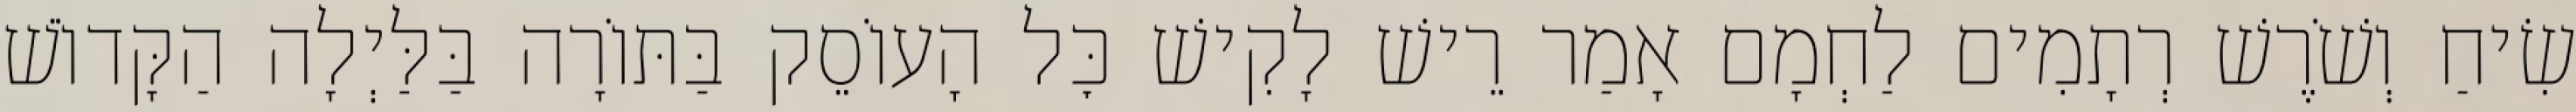
שִׂיחַ וְשֹׁרֶשׁ רְתָמִים לַחְמָם אָמַר רֵישׁ לָקִישׁ כׇּל הָעוֹסֵק בַּתּוֹרָה בַּלַּיְלָה הַקָּדוֹשׁ